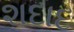
શદાદ